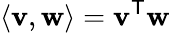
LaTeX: \langle\mathbf{v},\mathbf{w}\rangle=\mathbf{v}^{\textsf{T}}\mathbf{w}